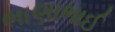
ભાણાભાઈ